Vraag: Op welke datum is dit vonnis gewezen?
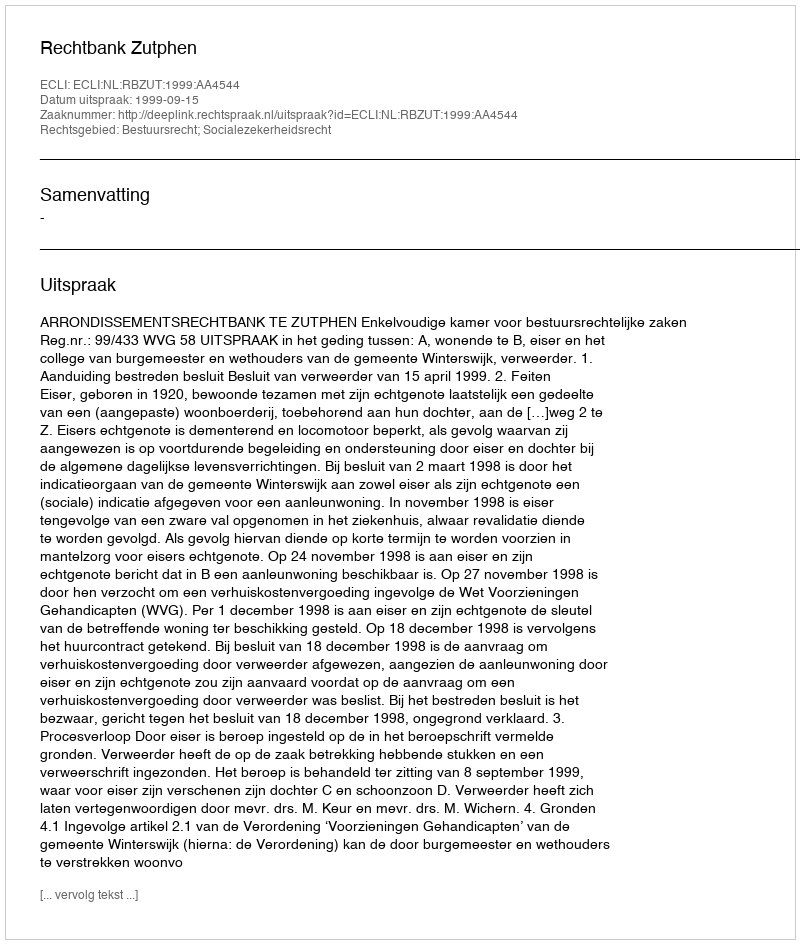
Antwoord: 1999-09-15